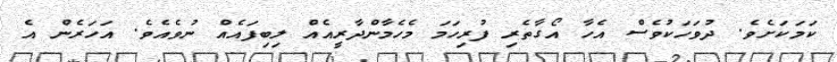
ކަމަކަށެވެ. ދުވަހަކުވެސް އެހާ އޯގާތެރި ފުރިހަމަ މެހެމާންދާރީއެއް ލިބިފައެއް ނުވެއެވެ. އަހަރެން އެ